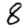
Digit: 8